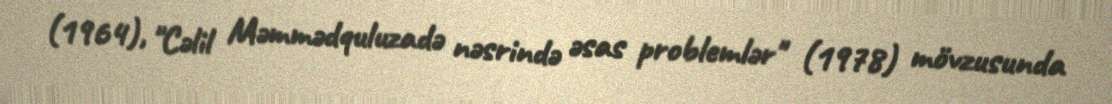
(1964), "Cəlil Məmmədquluzadə nəsrində əsas problemlər" (1978) mövzusunda